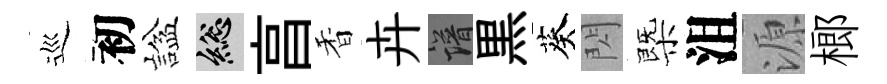
巡初諡總亯香卉譜黒葵閃㮣沮源榔